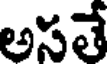
అసతే